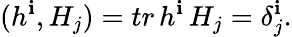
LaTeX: (h^{\mathbf{i}},H_{j})=tr\, h^{\mathbf{i}}\, H_{j}=\delta_{j}^{\mathbf{i}}.